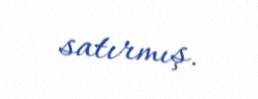
satırmış.